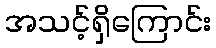
အသင့်ရှိကြောင်း